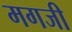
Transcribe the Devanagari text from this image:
मगजी